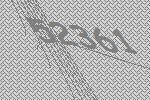
52361